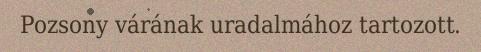
Pozsony várának uradalmához tartozott.